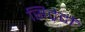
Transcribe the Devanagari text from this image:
सिट्रेटों